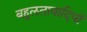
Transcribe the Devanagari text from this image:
बहुलतावादियों